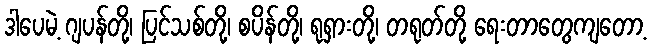
ဒါပေမဲ့ ဂျပန်တို့၊ ပြင်သစ်တို့၊ စပိန်တို့၊ ရုရှားတို့၊ တရုတ်တို့ ရေးတာတွေကျတော့